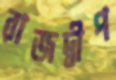
রাজদ্বীপ